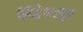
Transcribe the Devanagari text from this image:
सिद्धेश्वरपुर